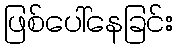
ဖြစ်ပေါ်နေခြင်း